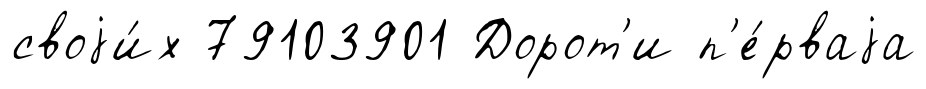
своjи́х 79103901 Дорот'и п'е́рваjа